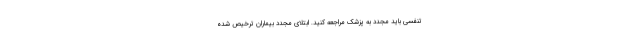
تنفسی باید مجدد به پزشک مراجعه کنید. ابتلای مجدد بیماران ترخیص شده